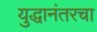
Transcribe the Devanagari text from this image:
युद्धानंतरचा